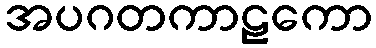
အပဂတကာဠကော